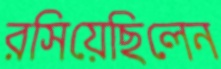
রসিয়েছিলেন